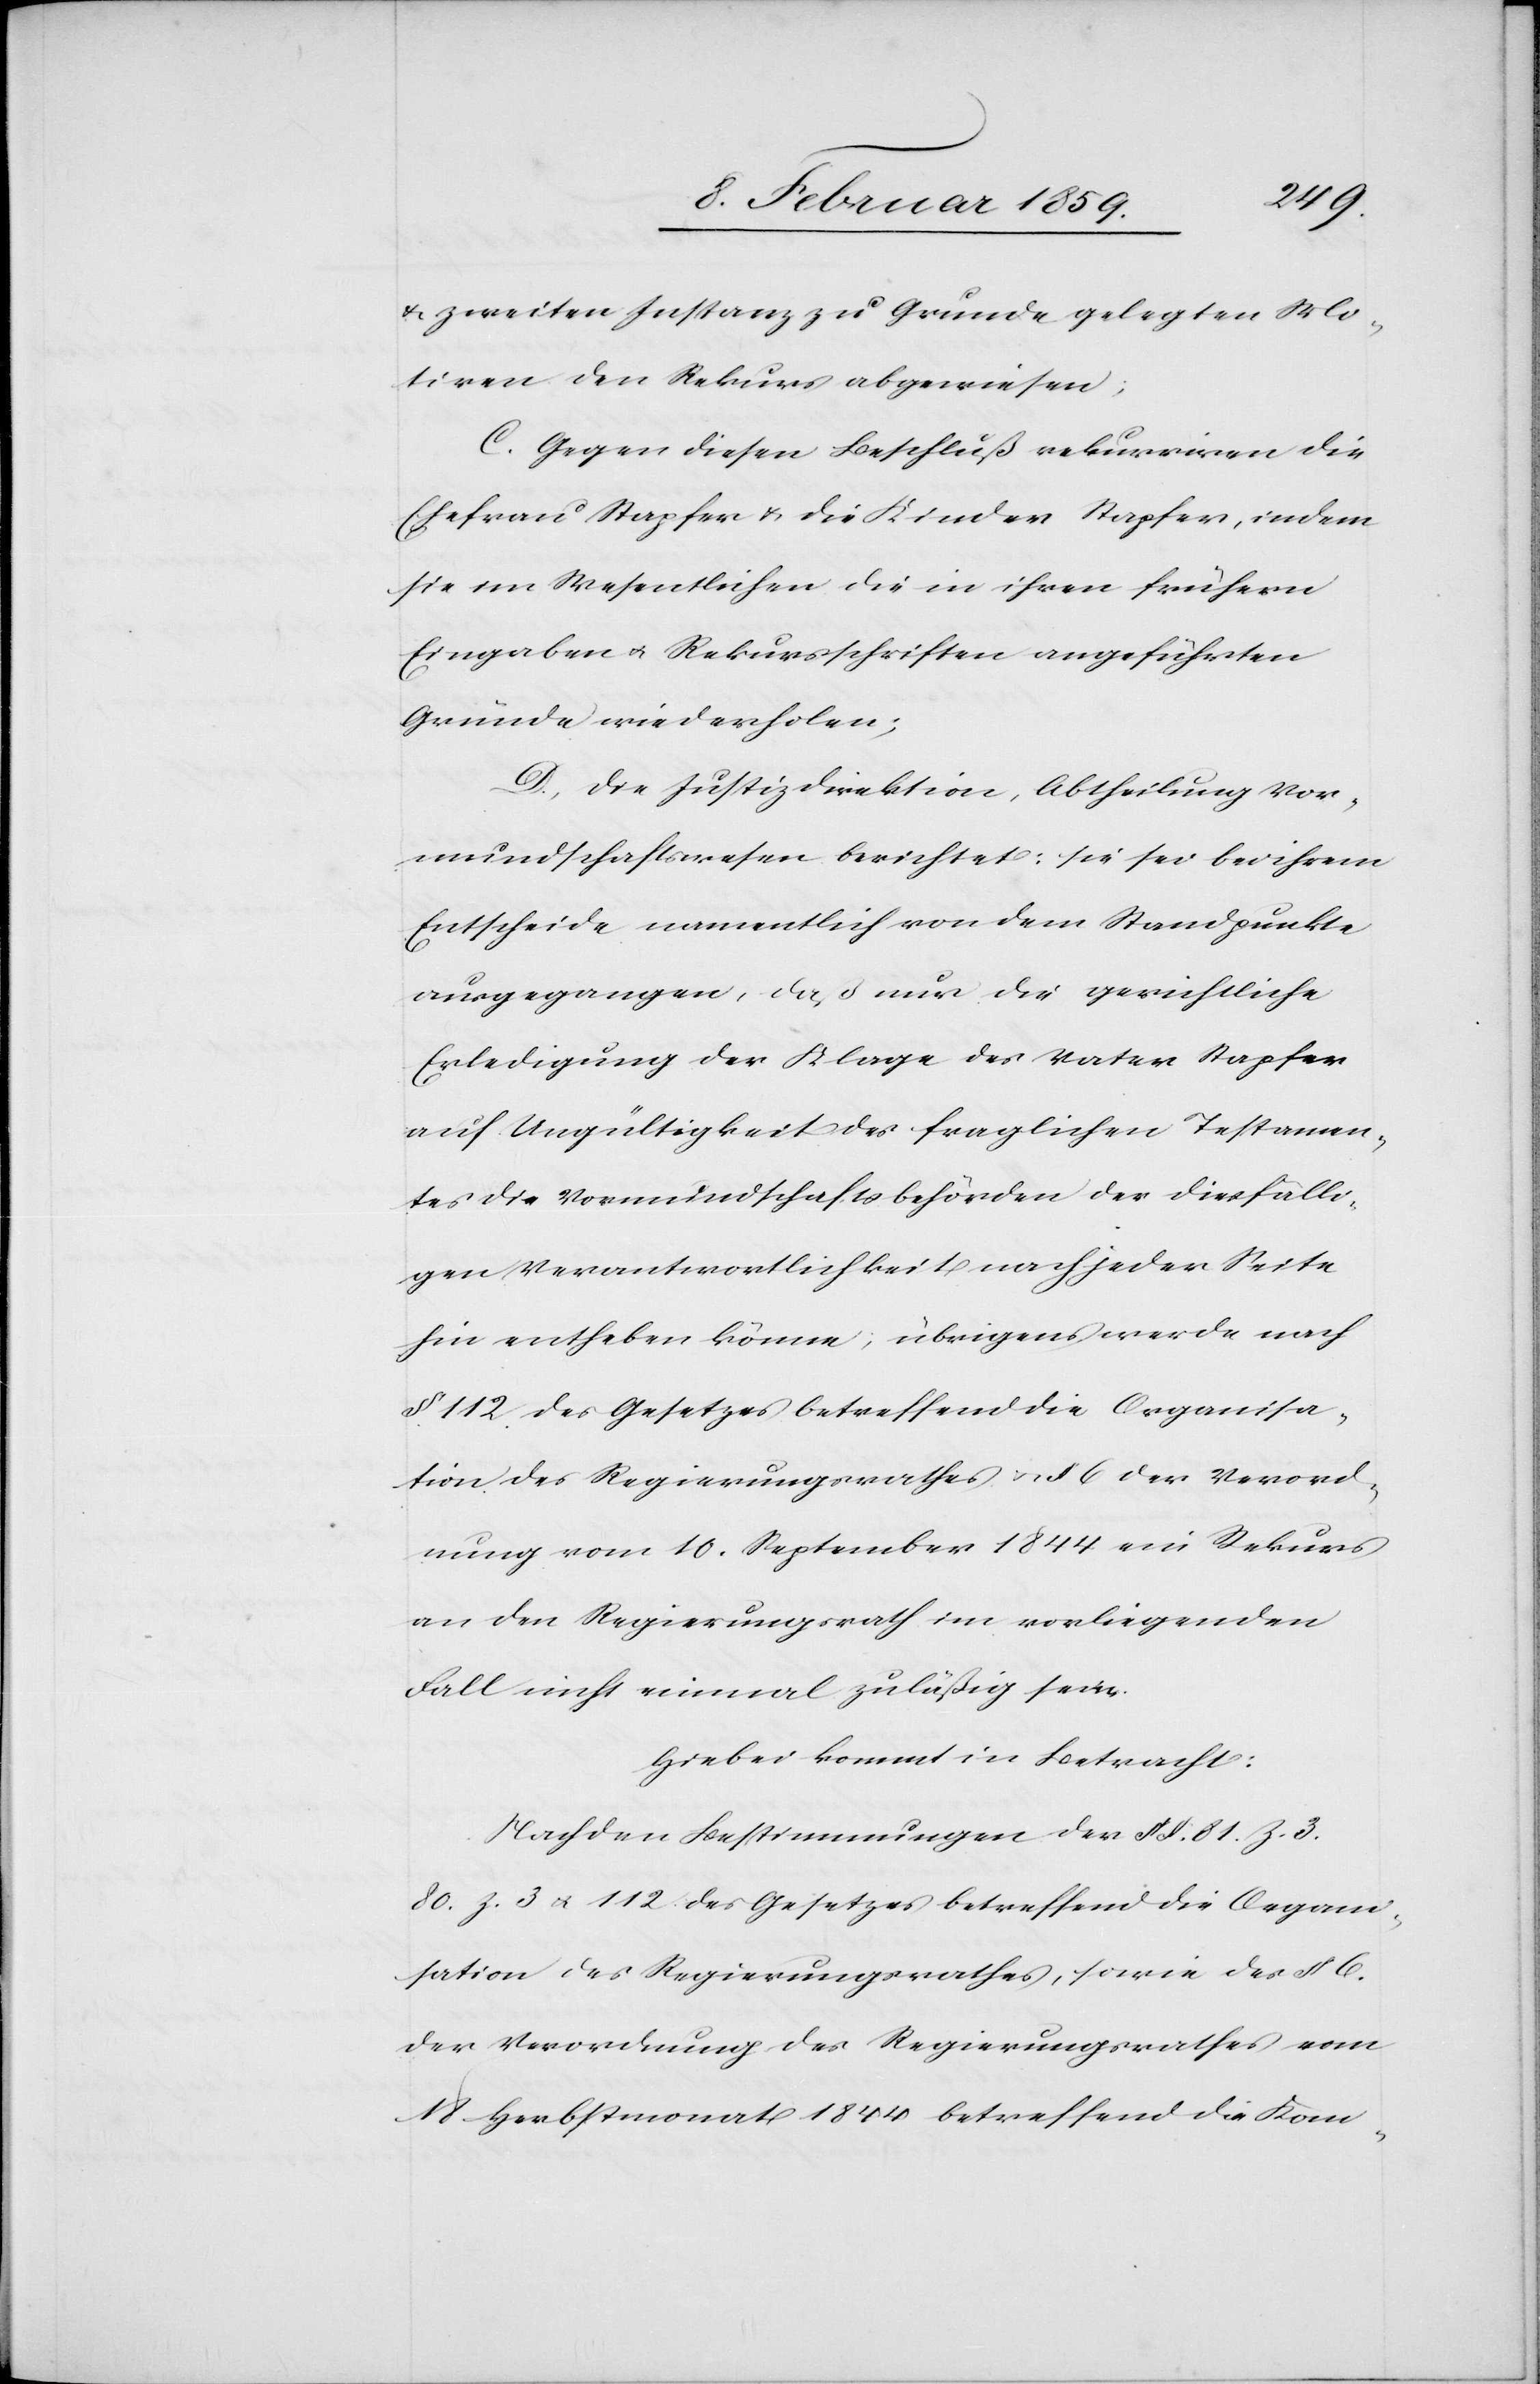
u. zweiten Instanz zu Grunde gelegten Mo¬
tiven den Rekurs abgewiesen;
C. Gegen diesen Beschluß rekurriren die
Ehefrau Stapfer u. die Kinder Stapfer, indem
sie im Wesentlichen die in ihren frühern
Eingaben u. Rekursschriften angeführten
Gründe wiederholen;
D. Die Justizdirektion, Abtheilung Vor¬
mundschaftswesen berichtet: sie sei bei ihrem
Entscheide namentlich von dem Standpunkte
ausgegangen, daß nur die gerichtliche
Erledigung der Klage des Vater Stapfer
auf Ungültigkeit des fraglichen Testamen¬
tes die Vormundschaftsbehörden der diesfälli¬
gen Verantwortlichkeit nach jeder Seite
hin entheben könne; übrigens werde nach
§ 112 des Gesetzes betreffend die Organisa¬
tion des Regierungsrathes u. § 6 der Verord¬
nung vom 10. September 1844 ein Rekurs
an den Regierungsrath im vorliegenden
Fall nicht einmal zuläßig sein.
Hiebei kommt in Betracht:
Nach den Bestimmungen der § §. 81. Z.
3.80. z. 3 u. 112 des Gesetzes betreffend die Organi¬
sation des Regierungsrathes, sowie der des
der Verordnung des Regierungsrathes vom
18 Herbstmonat 1844 betreffend die Kom-